Annual administration report of the Civil Veterinary Department of India - 1893-1894
Year: 1893
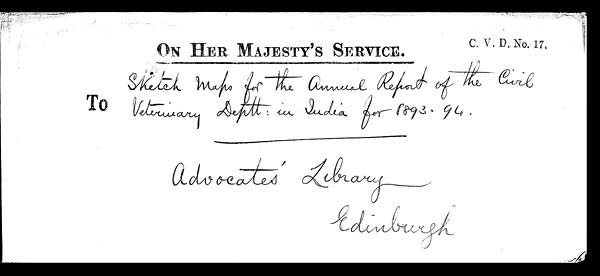
ON HER MAJESTY'S SERVICE .
C. V. D. No. 17.
To